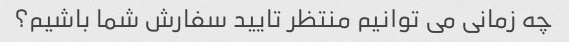
چه زمانی می توانیم منتظر تایید سفارش شما باشیم؟